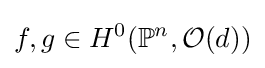
f,g\in H^{0}(\mathbb {P} ^{n},{\mathcal {O}}(d))